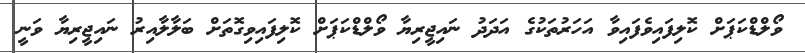
ވޯލްޑްކަޕަށް ކޮލިފައިވެފައިވާ އަހަރުތަކުގެ އަދަދު ނައިޖީރިޔާ ވޯލްޑްކަޕަށް ކޮލިފައިވިގޮތަށް ބަލާލާއިރު ނައިޖީރިޔާ ވަނީ